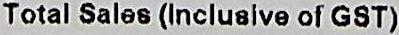
TOTAL SALES (INCLUSIVE OF GST)